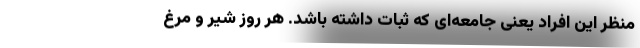
منظر این افراد یعنی جامعه‌ای که ثبات داشته باشد. هر روز شیر و مرغ